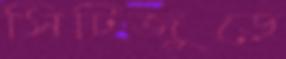
সিটিজুড়ে